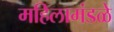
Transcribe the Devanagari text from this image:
महिलामंडळे